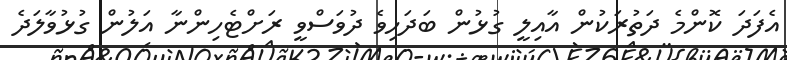
އެފަދަ ކޮންމެ ދަތުރަކުން އާއިލީ ގުޅުން ބަދަހިވެ ދުވަސްވީ ރަށްޓެހިންނާ އަލުން ގުޅުވާލަދެ